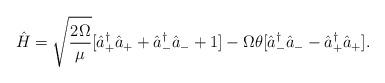
LaTeX: \begin{align*}\hat{H}=\sqrt{\frac{2\Omega}{\mu}}[\hat{a}_+^{\dag} \hat{a}_+ +\hat{a}_-^{\dag}\hat{a}_- +1 ] - \Omega \theta [\hat{a}_-^{\dag}\hat{a}_- - \hat{a}_+^{\dag} \hat{a}_+].\end{align*}